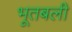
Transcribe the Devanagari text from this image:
भूतबली